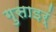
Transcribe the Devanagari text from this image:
गुसाइर्ं